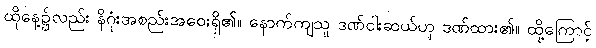
ထိုနေ့၌လည်း နိဂုံးအစည်းအဝေးရှိ၏။ နောက်ကျသူ ဒဏ်ငါးဆယ်ဟု ဒဏ်ထား၏။ ထို့ကြောင့်